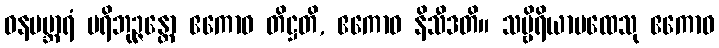
ဝနပဗ္ဘာရံ ပရိဘုဉ္ဇန္တော ဧကောဝ တိဋ္ဌတိ, ဧကောဝ နိသီဒတိ။ သဗ္ဗိရိယာပထေသု ဧကောဝ